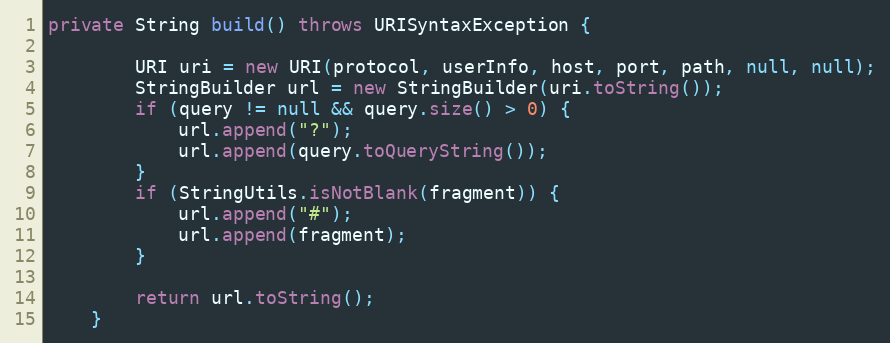
Language: Java
private String build() throws URISyntaxException {

        URI uri = new URI(protocol, userInfo, host, port, path, null, null);
        StringBuilder url = new StringBuilder(uri.toString());
        if (query != null && query.size() > 0) {
            url.append("?");
            url.append(query.toQueryString());
        }
        if (StringUtils.isNotBlank(fragment)) {
            url.append("#");
            url.append(fragment);
        }

        return url.toString();
    }